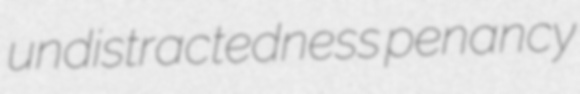
undistractedness penancy